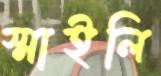
স্মাইলি